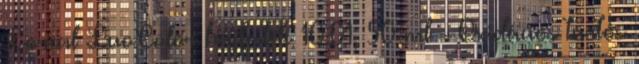
Loreal LuoColor hajfesték 10.01, 50 ml - Oxidációs tartós